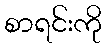
စာရင်းကို